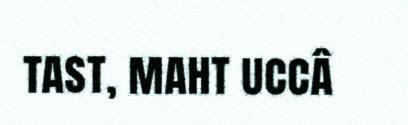
tast, maht uccâ